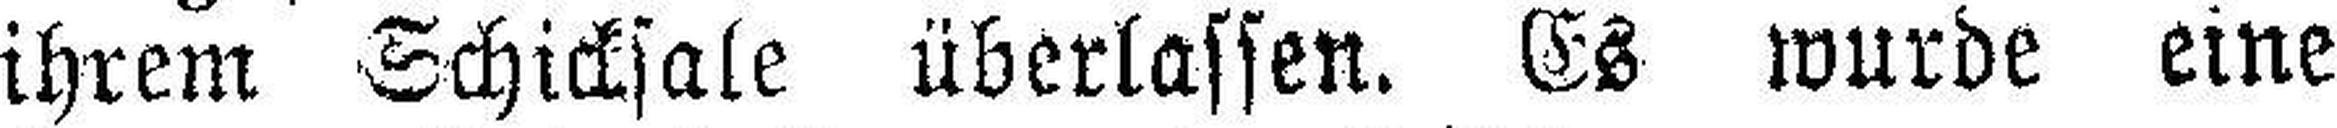
ihrem Schicksale überlassen. Es wurde eine